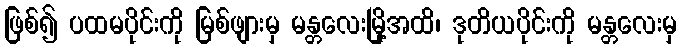
ဖြစ်၍ ပထမပိုင်းကို မြစ်ဖျားမှ မန္တလေးမြို့အထိ၊ ဒုတိယပိုင်းကို မန္တလေးမှ